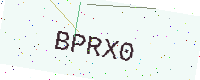
Text: BPRX0